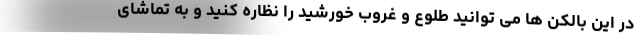
در این بالکن ها می توانید طلوع و غروب خورشید را نظاره کنید و به تماشای